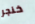
خنجر